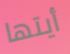
أيتها